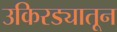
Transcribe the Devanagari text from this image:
उकिरड्यातून